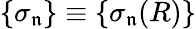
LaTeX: \{ \sigma_{\mathfrak{n}}\} \equiv\{ \sigma_{\mathfrak{n}}(R)\}